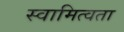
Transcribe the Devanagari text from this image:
स्वामित्वता